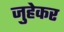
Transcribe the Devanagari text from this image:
जुहेकर